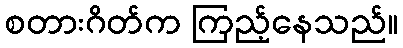
စတားဂိတ်က ကြည့်နေသည်။